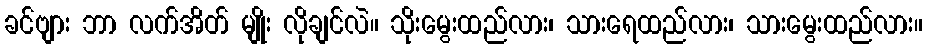
ခင်ဗျား ဘာ လက်အိတ် မျိုး လိုချင်လဲ။ သိုးမွေးထည်လား၊ သားရေထည်လား၊ သားမွေးထည်လား။